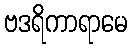
ဗဒရိကာရာမေ